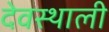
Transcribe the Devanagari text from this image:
देवस्थाली